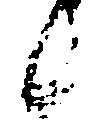
候